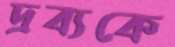
দ্রব্যকে